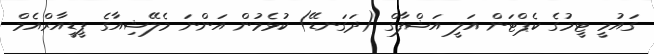
ގައުމީ ޓީމުގެ ކެޕްޓަން އަލީ އަޝްފާގް (ދަގަނޑޭ) ކުޅެމުން އަންނަ މެލޭޝިއާގެ ޕީޑީއާރްއެމް